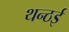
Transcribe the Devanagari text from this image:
थन्ठई